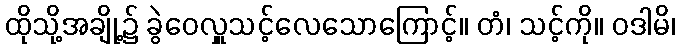
ထိုသို့အချို့၌ ခွဲဝေလှူသင့်လေသောကြောင့်။ တံ၊ သင့်ကို။ ဝဒါမိ၊